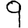
Digit: 9